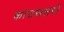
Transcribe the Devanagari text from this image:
कांउसलरों